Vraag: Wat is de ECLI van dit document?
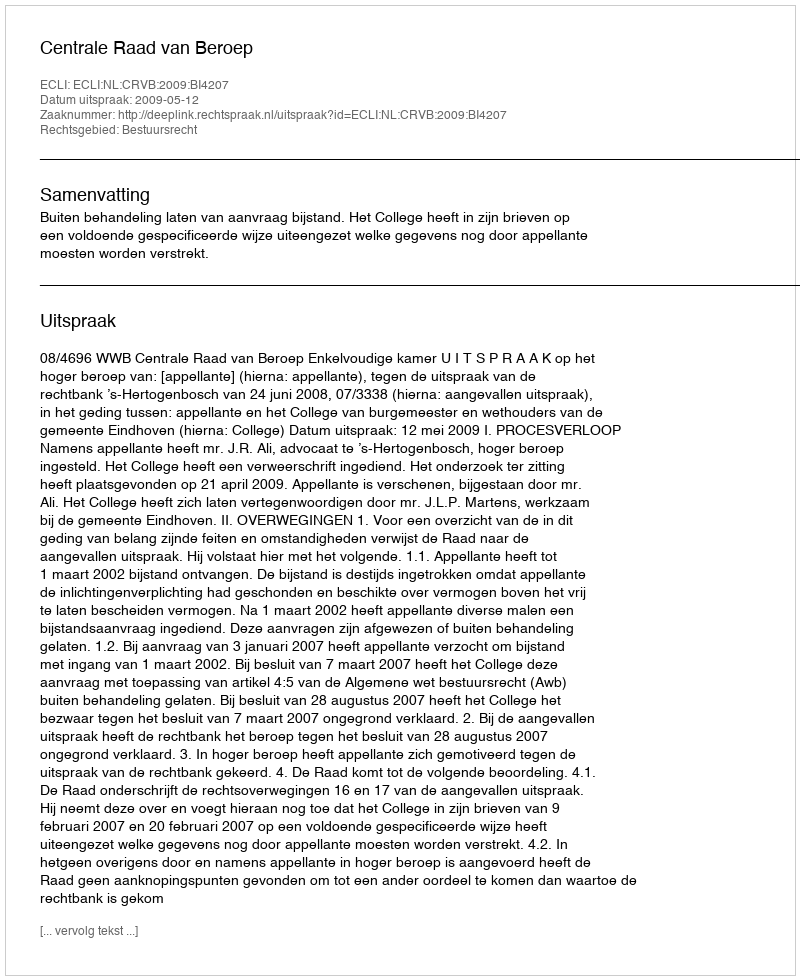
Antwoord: ECLI:NL:CRVB:2009:BI4207